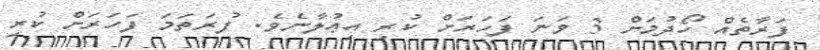
ފަރާތެއް ހޯދުމަށް 3 ވަނަ ފަހަރަށް ކުރި އިޢުލާނެވެ. ފުރަތަމަ ފަހަރަށް ކުރި